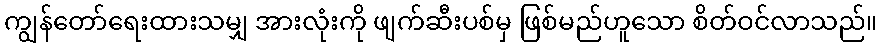
ကျွန်တော်ရေးထားသမျှ အားလုံးကို ဖျက်ဆီးပစ်မှ ဖြစ်မည်ဟူသော စိတ်ဝင်လာသည်။